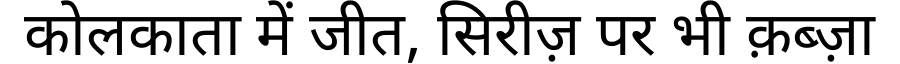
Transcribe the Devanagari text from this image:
कोलकाता में जीत, सिरीज़ पर भी क़ब्ज़ा